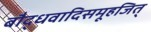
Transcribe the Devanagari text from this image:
बौद्धवादिसमूहजित्